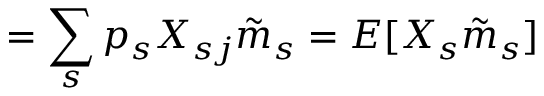
= \sum _ { s } p _ { s } X _ { s j } { \tilde { m } } _ { s } = E [ X _ { s } { \tilde { m } } _ { s } ]